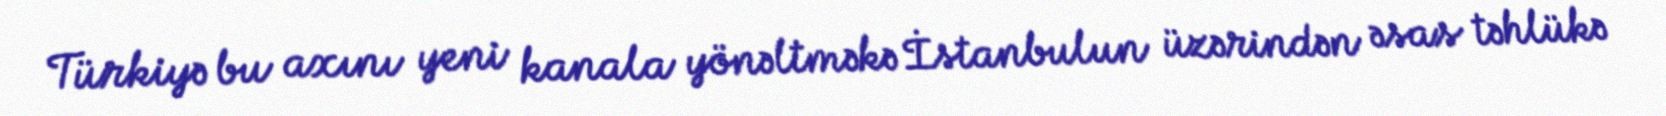
Türkiyə bu axını yeni kanala yönəltməkə İstanbulun üzərindən əsas təhlükə